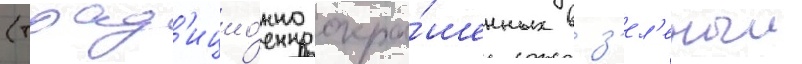
(трад'ицио́нно окра́шенных в з'ел'еныи